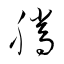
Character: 騰